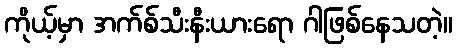
ကိုယ့်မှာ အက်စ်သီးနီးယားရော ဂါဖြစ်နေသတဲ့။